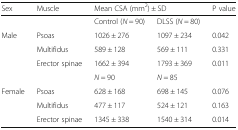
<table><thead><tr><td><b>Sex</b></td><td><b>Muscle</b></td><td colspan="2"><b>Mean CSA (mm<sup>2</sup>) ± SD</b></td><td><b>P value</b></td></tr></thead><tbody><tr><td></td><td></td><td>Control (<i>N</i> = 90)</td><td>DLSS (<i>N</i> = 80)</td><td></td></tr><tr><td rowspan="3">Male</td><td>Psoas</td><td>1026 ± 276</td><td>1097 ± 234</td><td>0.042</td></tr><tr><td>Multifidus</td><td>589 ± 128</td><td>569 ± 111</td><td>0.331</td></tr><tr><td>Erector spinae</td><td>1662 ± 394</td><td>1793 ± 369</td><td>0.011</td></tr><tr><td></td><td></td><td><i>N</i> = 90</td><td><i>N</i> = 85</td><td></td></tr><tr><td rowspan="3">Female</td><td>Psoas</td><td>628 ± 168</td><td>698 ± 145</td><td>0.076</td></tr><tr><td>Multifidus</td><td>477 ± 117</td><td>524 ± 121</td><td>0.163</td></tr><tr><td>Erector spinae</td><td>1345 ± 338</td><td>1540 ± 314</td><td>0.014</td></tr></tbody></table>